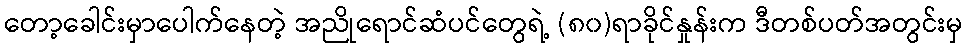
တော့ခေါင်းမှာပေါက်နေတဲ့ အညိုရောင်ဆံပင်တွေရဲ့ (၈၀)ရာခိုင်နှုန်းက ဒီတစ်ပတ်အတွင်းမှ